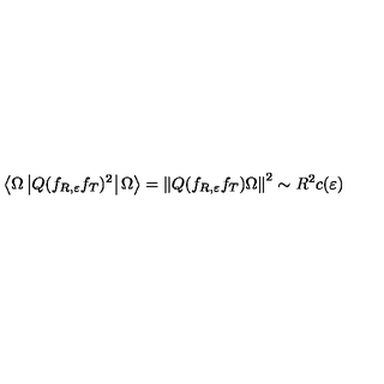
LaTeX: \left\langle \Omega \left| Q ( f _ { R , \varepsilon } f _ { T } ) ^ { 2 } \right| \Omega \right\rangle = \left\| Q ( f _ { R , \varepsilon } f _ { T } ) \Omega \right\| ^ { 2 } \sim R ^ { 2 } c ( \varepsilon )